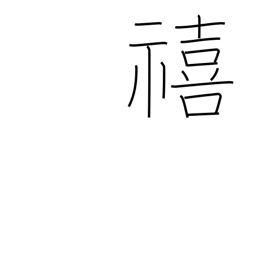
Meaning: fortunate